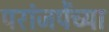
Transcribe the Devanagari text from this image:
परांजपेंच्या